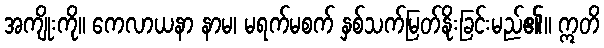
အကျိုးကို။ ကေလာယနာ နာမ၊ မရက်မစက် နှစ်သက်မြတ်နိုးခြင်းမည်၏။ ဣတိ